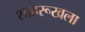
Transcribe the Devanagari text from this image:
शाहरूखला